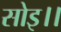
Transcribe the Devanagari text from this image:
सोइ।।